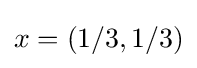
x=(1/3,1/3)